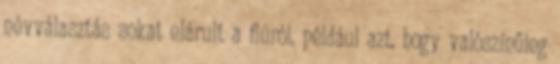
névválasztás sokat elárult a fiúról, például azt, hogy valószínűleg